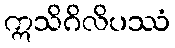
ဣသိဂိလိပဿံ